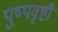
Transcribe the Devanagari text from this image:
पुष्पवृष्टी